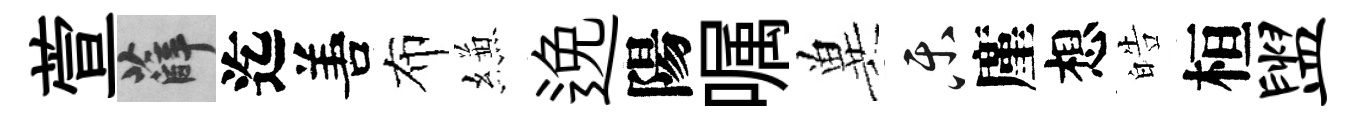
萱薛迄𠵊布縑𨓜陽嘱兾乐廑想皓桓盥